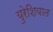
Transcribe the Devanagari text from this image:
युरेशियात